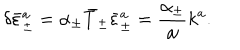
\delta \bar { \varepsilon } _ { \pm } ^ { a } = \alpha _ { \pm } \bar { T } _ { \pm } \bar { \varepsilon } _ { \pm } ^ { a } = \frac { \alpha _ { \pm } } { \omega } k ^ { a } .